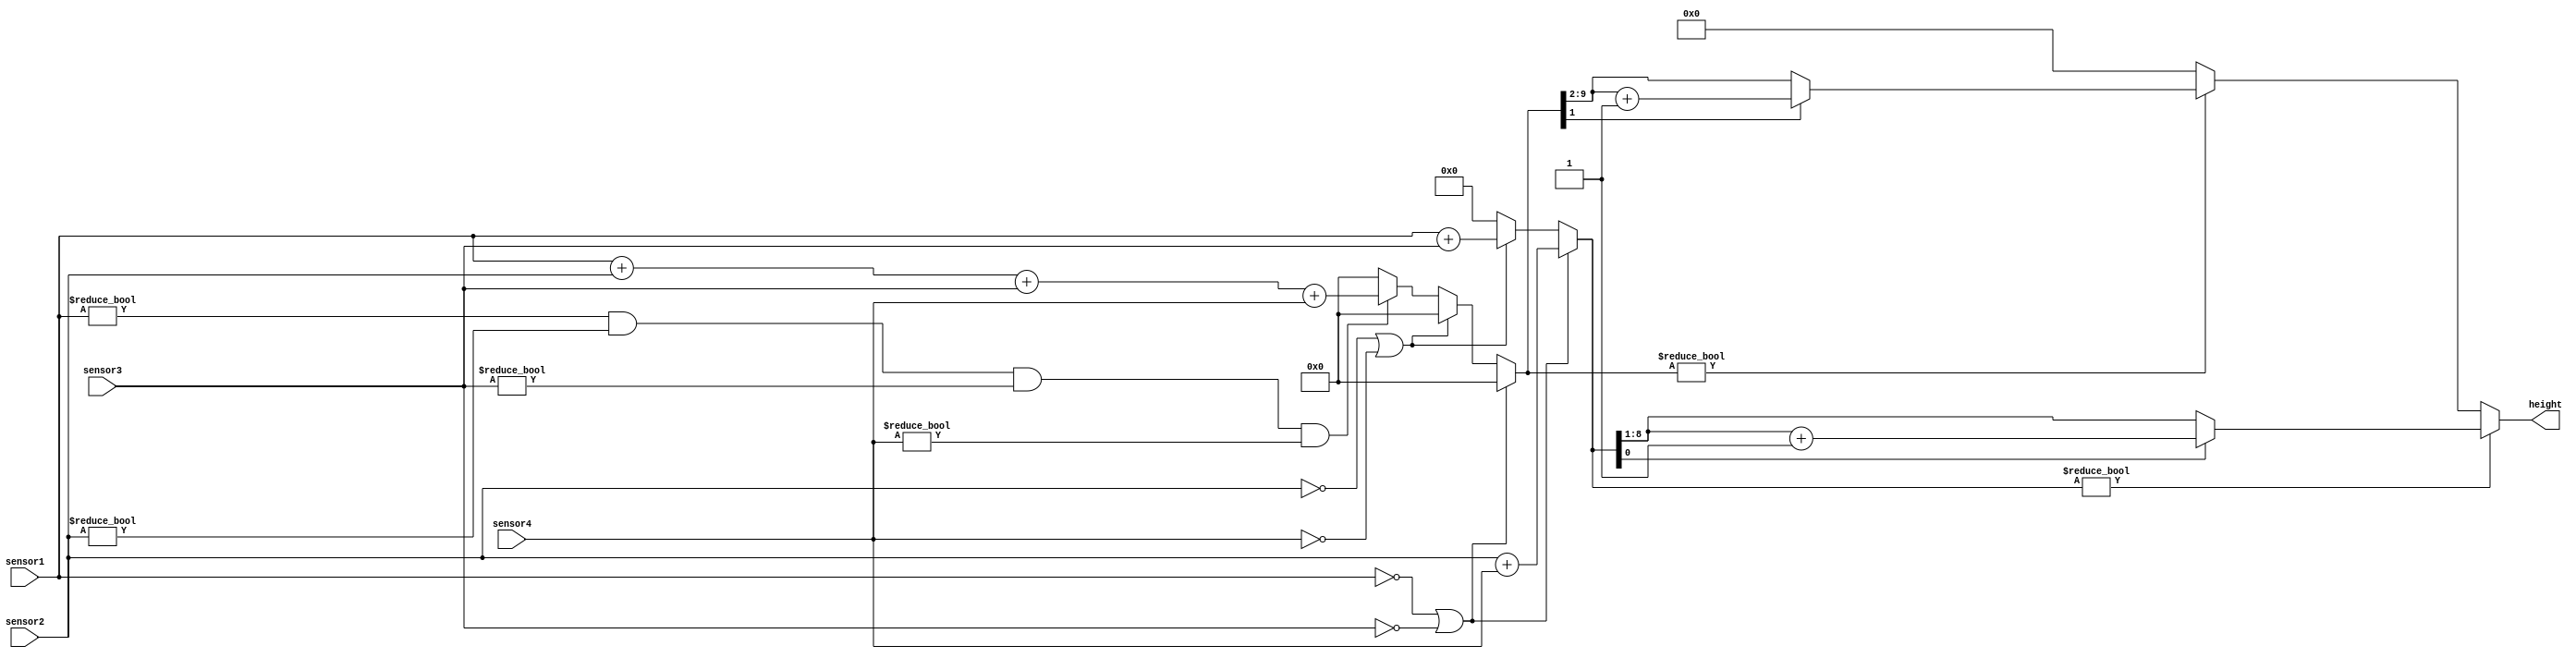
`timescale 1ns / 1ps
//////////////////////////////////////////////////////////////////////////////////
// Company: 
// Engineer: 
// 
// Design Name: 
// Module Name:    sensors_input 
// Project Name: 
// Target Devices: 
// Tool versions: 
// Description: 
//
// Dependencies: 
//
// Revision: 
// Revision 0.01 - File Created
// Additional Comments: 
//
//////////////////////////////////////////////////////////////////////////////////
module sensors_input(
   output   [7 : 0]   height,
   input    [7 : 0]   sensor1,
   input    [7 : 0]   sensor2,
   input    [7 : 0]   sensor3,
   input    [7 : 0]   sensor4);
	
	reg [8:0] data_sum2;
   reg [9:0] data_sum4;
	reg [7:0] height_aux;

 	
	
	always @(*) begin
		height_aux = 0;
		data_sum4 = 0;
		data_sum2 = 0;
	
		if(sensor1 == 0 || sensor3 == 0) begin
			data_sum2 = sensor2 + sensor4;
		end else	if(sensor2 == 0 || sensor4 == 0) begin
			data_sum2 = sensor1 + sensor3;
		end else if(sensor1 != 0 && sensor2 != 0 && sensor3 != 0 && sensor4 != 0) begin
			data_sum4 = sensor1 + sensor2 + sensor3 + sensor4;
		end
		
		if(data_sum2 != 0) begin
			height_aux = data_sum2 >> 1; //impartirea la 2 
			if(data_sum2[0] == 1) begin // daca suma este impara => impartirea la 2 va da un rezultat de tipul "n,5" care se aproximeaza la "n+1"
				height_aux = height_aux + 1;
			end
		end else if(data_sum4 != 0) begin
			height_aux = data_sum4 >> 2; //impartirea la 4
			if(data_sum4[1] == 1) begin // daca (data_sum4 >> 1) este impar => impartirea la 4 va da un rezultat de tipul "n,5" care se aproximeaza la "n+1"
				height_aux = height_aux + 1;
			end
		end
		
	end
	
	assign height = height_aux;

endmodule